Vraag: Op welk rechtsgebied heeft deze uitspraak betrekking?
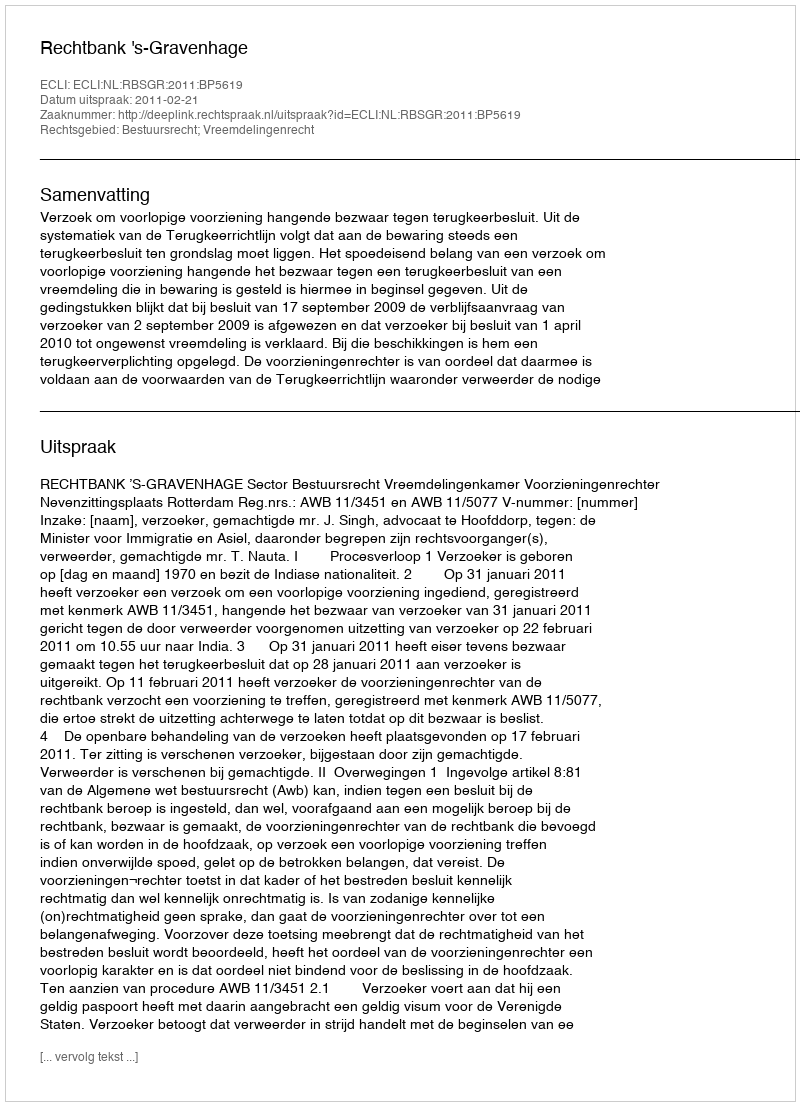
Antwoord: Bestuursrecht; Vreemdelingenrecht